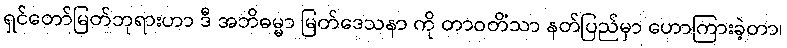
ရှင်တော်မြတ်ဘုရားဟာ ဒီ အဘိဓမ္မာ မြတ်ဒေသနာ ကို တာဝတိံသာ နတ်ပြည်မှာ ဟောကြားခဲ့တာ၊